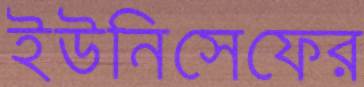
ইউনিসেফের